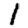
Digit: 1